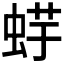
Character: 𧋪